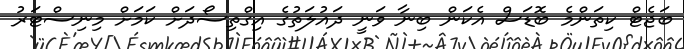
ބަޖެޓް ކިތަންމެ ބޮޑަސް އެކަން ބިނާ ވަނީ ދައުލަތުގެ އިގްތިސޯދަށް ކަމަށް މިނިސްޓަރު